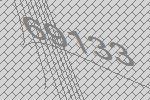
69133